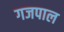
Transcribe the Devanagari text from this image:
गजपाल